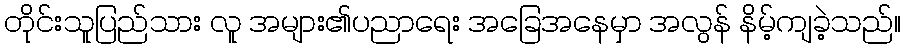
တိုင်းသူပြည်သား လူ အများ၏ပညာရေး အခြေအနေမှာ အလွန် နိမ့်ကျခဲ့သည်။